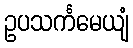
ဥပသင်္ကမေယျံ